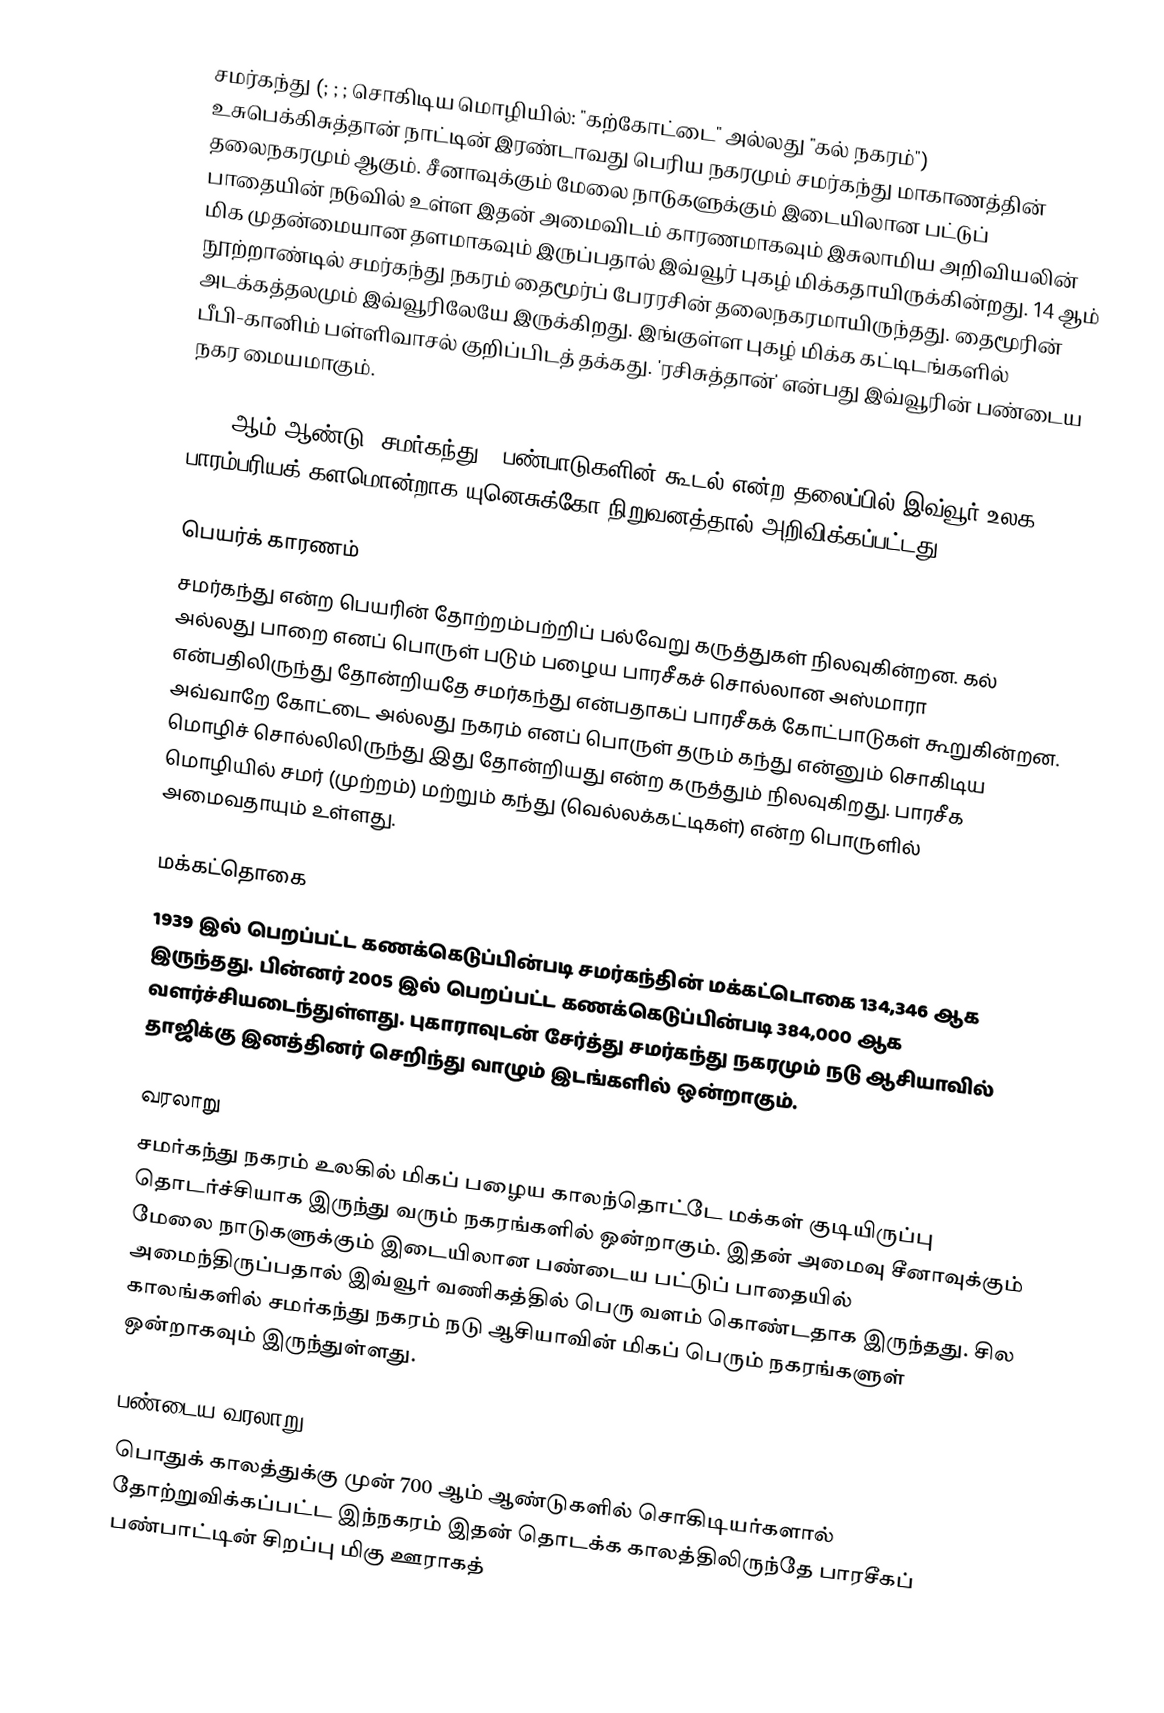
சமர்கந்து (; ; ; சொகிடிய மொழியில்: "கற்கோட்டை" அல்லது "கல் நகரம்") உசுபெக்கிசுத்தான் நாட்டின் இரண்டாவது பெரிய நகரமும் சமர்கந்து மாகாணத்தின் தலைநகரமும் ஆகும். சீனாவுக்கும் மேலை நாடுகளுக்கும் இடையிலான பட்டுப் பாதையின் நடுவில் உள்ள இதன் அமைவிடம் காரணமாகவும் இசுலாமிய அறிவியலின் மிக முதன்மையான தளமாகவும் இருப்பதால் இவ்வூர் புகழ் மிக்கதாயிருக்கின்றது. 14 ஆம் நூற்றாண்டில் சமர்கந்து நகரம் தைமூர்ப் பேரரசின் தலைநகரமாயிருந்தது. தைமூரின் அடக்கத்தலமும் இவ்வூரிலேயே இருக்கிறது. இங்குள்ள புகழ் மிக்க கட்டிடங்களில் பீபி-கானிம் பள்ளிவாசல் குறிப்பிடத் தக்கது. 'ரசிசுத்தான்' என்பது இவ்வூரின் பண்டைய நகர மையமாகும்.

2001 ஆம் ஆண்டு, சமர்கந்து - பண்பாடுகளின் கூடல் என்ற தலைப்பில் இவ்வூர் உலக பாரம்பரியக் களமொன்றாக யுனெசுக்கோ நிறுவனத்தால் அறிவிக்கப்பட்டது.

பெயர்க் காரணம்
சமர்கந்து என்ற பெயரின் தோற்றம்பற்றிப் பல்வேறு கருத்துகள் நிலவுகின்றன. கல் அல்லது பாறை எனப் பொருள் படும் பழைய பாரசீகச் சொல்லான அஸ்மாரா என்பதிலிருந்து தோன்றியதே சமர்கந்து என்பதாகப் பாரசீகக் கோட்பாடுகள் கூறுகின்றன. அவ்வாறே கோட்டை அல்லது நகரம் எனப் பொருள் தரும் கந்து என்னும் சொகிடிய மொழிச் சொல்லிலிருந்து இது தோன்றியது என்ற கருத்தும் நிலவுகிறது. பாரசீக மொழியில் சமர் (முற்றம்) மற்றும் கந்து (வெல்லக்கட்டிகள்) என்ற பொருளில் அமைவதாயும் உள்ளது.

மக்கட்தொகை
1939 இல் பெறப்பட்ட கணக்கெடுப்பின்படி சமர்கந்தின் மக்கட்டொகை 134,346 ஆக இருந்தது. பின்னர் 2005 இல் பெறப்பட்ட கணக்கெடுப்பின்படி 384,000 ஆக வளர்ச்சியடைந்துள்ளது. புகாராவுடன் சேர்த்து சமர்கந்து நகரமும் நடு ஆசியாவில் தாஜிக்கு இனத்தினர் செறிந்து வாழும் இடங்களில் ஒன்றாகும்.

வரலாறு
சமர்கந்து நகரம் உலகில் மிகப் பழைய காலந்தொட்டே மக்கள் குடியிருப்பு தொடர்ச்சியாக இருந்து வரும் நகரங்களில் ஒன்றாகும். இதன் அமைவு சீனாவுக்கும் மேலை நாடுகளுக்கும் இடையிலான பண்டைய பட்டுப் பாதையில் அமைந்திருப்பதால் இவ்வூர் வணிகத்தில் பெரு வளம் கொண்டதாக இருந்தது. சில காலங்களில் சமர்கந்து நகரம் நடு ஆசியாவின் மிகப் பெரும் நகரங்களுள் ஒன்றாகவும் இருந்துள்ளது.

பண்டைய வரலாறு
பொதுக் காலத்துக்கு முன் 700 ஆம் ஆண்டுகளில் சொகிடியர்களால் தோற்றுவிக்கப்பட்ட இந்நகரம் இதன் தொடக்க காலத்திலிருந்தே பாரசீகப் பண்பாட்டின் சிறப்பு மிகு ஊராகத்